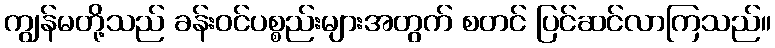
ကျွန်မတို့သည် ခန်းဝင်ပစ္စည်းများအတွက် စတင် ပြင်ဆင်လာကြသည်။